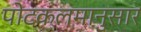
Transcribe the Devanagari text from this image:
पोटकलमानुसार